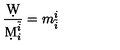
{ \frac { \d W } { \d M _ { i } ^ { \tilde { i } } } } = m _ { \tilde { i } } ^ { i }